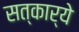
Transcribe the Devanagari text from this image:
सत्कार्ये